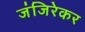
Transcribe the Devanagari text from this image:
जंजिरेकर